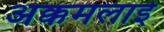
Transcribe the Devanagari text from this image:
अक्कमलाई